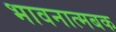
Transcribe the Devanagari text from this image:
भावनात्मबक